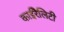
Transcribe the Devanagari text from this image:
काईरैलिटी